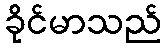
ခိုင်မာသည်